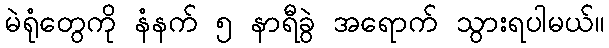
မဲရုံတွေကို နံနက် ၅ နာရီခွဲ အရောက် သွားရပါမယ်။